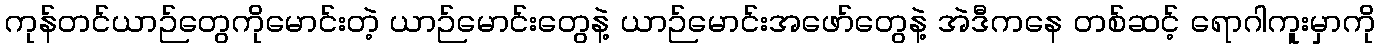
ကုန်တင်ယာဉ်တွေကိုမောင်းတဲ့ ယာဉ်မောင်းတွေနဲ့ ယာဉ်မောင်းအဖော်တွေနဲ့ အဲဒီကနေ တစ်ဆင့် ရောဂါကူးမှာကို